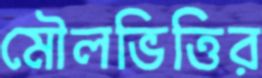
মৌলভিত্তির